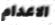
الاعدام